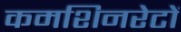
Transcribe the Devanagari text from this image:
कमशिनरेटों